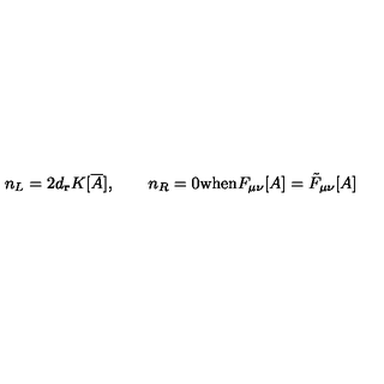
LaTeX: n _ { L } = 2 d _ { { \bf r } } K [ { \overline { A } } ] , \qquad n _ { R } = 0 \mathrm { w h e n } F _ { \mu \nu } [ A ] = \tilde { F } _ { \mu \nu } [ A ]